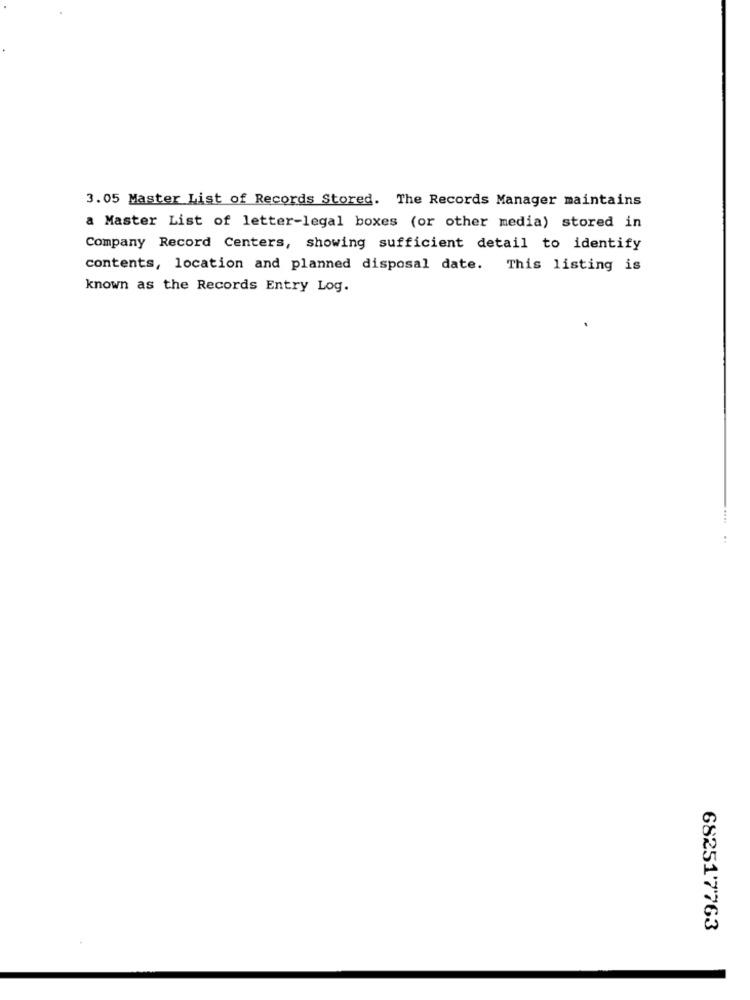
3.05 Master List of Records Stored. The Records Manager maintains
a Master List of letter-legal boxes (or other media) stored in
Company Record Centers, showing sufficient detail to identify
contents, location and planned disposal date. This listing is
known as the Records Entry Log.
682517763